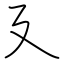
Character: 廴